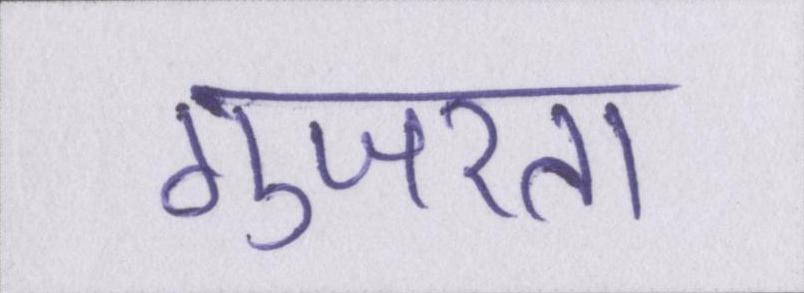
गुजरता